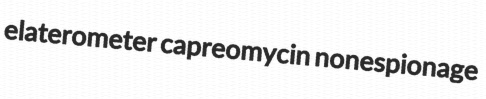
elaterometer capreomycin nonespionage